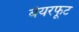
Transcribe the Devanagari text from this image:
बेयरफूट